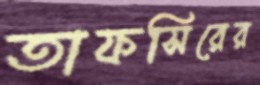
তাফসিরের